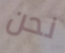
نحن